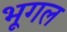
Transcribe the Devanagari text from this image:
भूगल